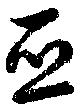
亜